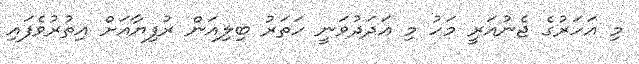
މި އަހަރުގެ ޖެނުއަރީ މަހު މި ޢަދަދުވަނީ ހަތަރު ބިލިއަން ރުފިޔާއަށް އިތުރުވެފައި